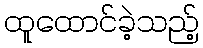
ထူထောင်ခဲ့သည့်